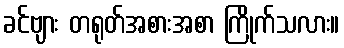
ခင်ဗျား တရုတ်အစားအစာ ကြိုက်သလား။